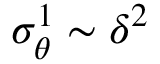
\sigma _ { \theta } ^ { 1 } \sim \delta ^ { 2 }